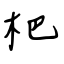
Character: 杷